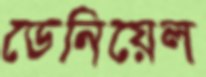
ডেনিয়েল